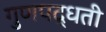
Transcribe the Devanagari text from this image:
गुणपद्धती